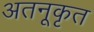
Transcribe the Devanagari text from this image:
अतनूकृत